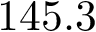
1 4 5 . 3